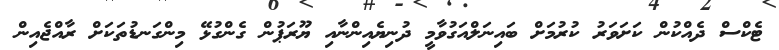
ޓެކްސް ދެއްކުން ކަށަވަރު ކުރުމަށް ބައިނަލްއަގުވާމީ ދުނިޔެއިންނާއި ޔޫރަޕުން ގެންގުޅޭ މިންގަނޑުތަކަށް ރާއްޖެއިން